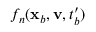
f _ { n } ( \mathbf { x } _ { b } , \mathbf { v } , t _ { b } ^ { \prime } )